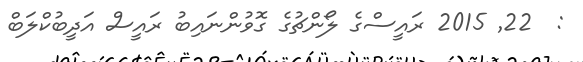
:  22